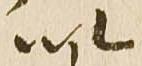
以